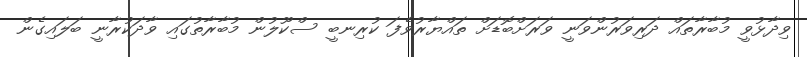
ވިދާޅުވީ މުބާރާތައް ދަރިވަރުންވަނީ ވަރަށްބޮޑަށް ތައްޔާރުވެފަ ކުރިނބީ ސްކޫލުން މުބާރާތުގައި ވާދަކުރާނީ ބަލައިގެން